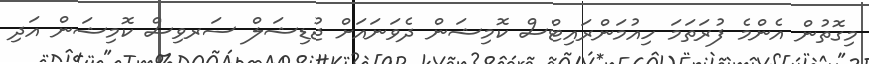
މިގޮތުން އެންމެ ފުރަތަމަ ހިއުމަންރައިޓްސް ކޮމިޝަން ދެވަނައަށް ޖުޑިޝަލް ސަރވިސް ކޮމިޝަން އަދި